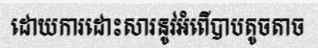
ដោយការដោះសារនូវអំពើបាបតូចតាច